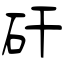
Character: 矸